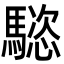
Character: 𩥝